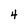
Character: 4